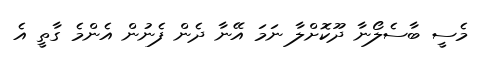
މެސީ ބާސެލޯނާ ދޫކޮށްލާ ނަމަ އޭނާ ދެން ފެނުން އެންމެ ގާތީ އެ